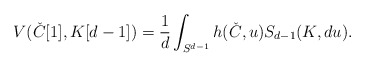
\begin{align*}V(\check{C}[1],K[d-1])= \frac{1}{d}\int_{S^{d-1}} h(\check{C},u) S_{d-1}(K,du).\end{align*}